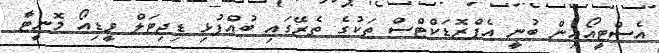
އެސްޓީއޯއިން ބުނީ އެޕްރޮޑަކްޓްސް ތަކުގެ ތެރޭގައި ބުއްފުޅި ޑިޖިޓަލް ވީޑިއޯ މޮނީޓަާ